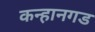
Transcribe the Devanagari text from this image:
कन्हानगड